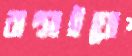
ঝল্‌সাইয়ো